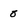
Character: 0